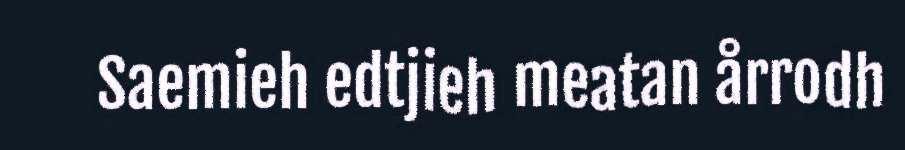
Saemieh edtjieh meatan årrodh